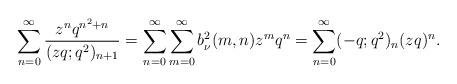
LaTeX: \begin{align*} \sum_{n=0}^{\infty}\frac{z^nq^{n^2+n}}{(zq;q^2)_{n+1}}=\sum_{n=0}^{\infty}\sum_{m=0}^{\infty}b^2_\nu(m,n)z^mq^n=\sum_{n=0}^{\infty}(-q;q^2)_n(zq)^n.\end{align*}